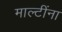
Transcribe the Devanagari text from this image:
माल्टींना